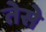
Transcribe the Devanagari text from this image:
तेसे